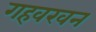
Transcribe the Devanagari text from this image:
गहवरवन